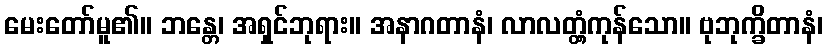
မေးတော်မူ၏။ ဘန္တေ၊ အရှင်ဘုရား။ အနာဂတာနံ၊ လာလတ္တံ့ကုန်သော။ ဗုဘုက္ခိတာနံ၊